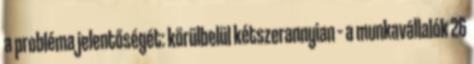
a probléma jelentőségét: körülbelül kétszerannyian – a munkavállalók 26